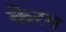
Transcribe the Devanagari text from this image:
केरम